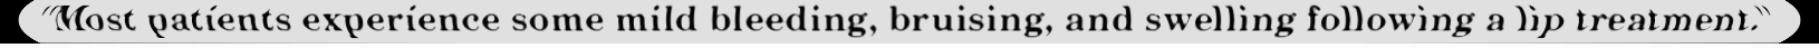
"Most patients experience some mild bleeding, bruising, and swelling following a lip treatment."